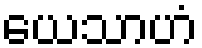
ယေသာဟံ